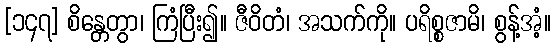
[၁၄၇] စိန္တေတွာ၊ ကြံပြီး၍။ ဇီဝိတံ၊ အသက်ကို။ ပရိစ္စဇာမိ၊ စွန့်အံ့။